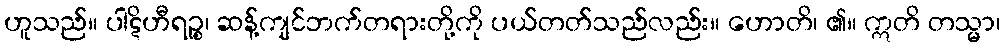
ဟူသည်။ ပါဋိဟီရဉ္စ၊ ဆန့်ကျင်ဘက်တရားတို့ကို ပယ်တတ်သည်လည်း။ ဟောတိ၊ ၏။ ဣတိ တသ္မာ၊